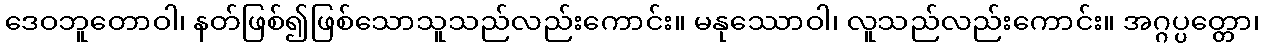
ဒေဝဘူတောဝါ၊ နတ်ဖြစ်၍ဖြစ်သောသူသည်လည်းကောင်း။ မနုဿောဝါ၊ လူသည်လည်းကောင်း။ အဂ္ဂပ္ပတ္တော၊